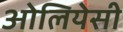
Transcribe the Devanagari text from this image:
ओलियेसी